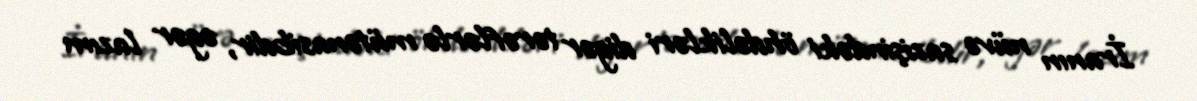
İranın nüvə sazişindəki öhdəlikləri digər tərəflərlə mütənasibdir, əgər lazım